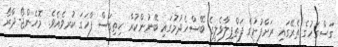
ގަސްގަހުގެ ތެރޭގައި ރަށްފުށުގެ ފަތްޕިލާވެލީގެ ބޭސްހެދުމުގައި ބޭނުންކުރާ ހިތިގަސް ފާހަގަ ކުރވެއެވެ. މޮހެންޖޯ-ދާރޯ